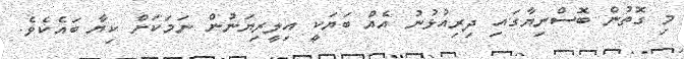
މި ގޮތުން ބޮސްނިޔާގައި ދިރިއުޅުނު އެއް ބަޔަކީ އިލީރިޔަނުން ނަމަކަށް ކިޔާ ބައެކެވެ.